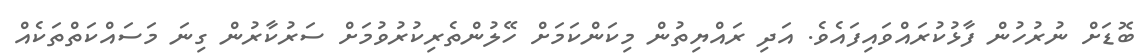
ބޮޑަށް ނުރުހުން ފާޅުކުރައްވައިފައެވެ. އަދި ރައްޔިތުން މިކަންކަމަށް ހޭލުންތެރިކުރުވުމަށް ސަރުކާރުން ގިނަ މަސައްކަތްތަކެއް